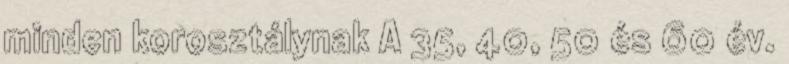
minden korosztálynak A 35, 40, 50 és 60 év.